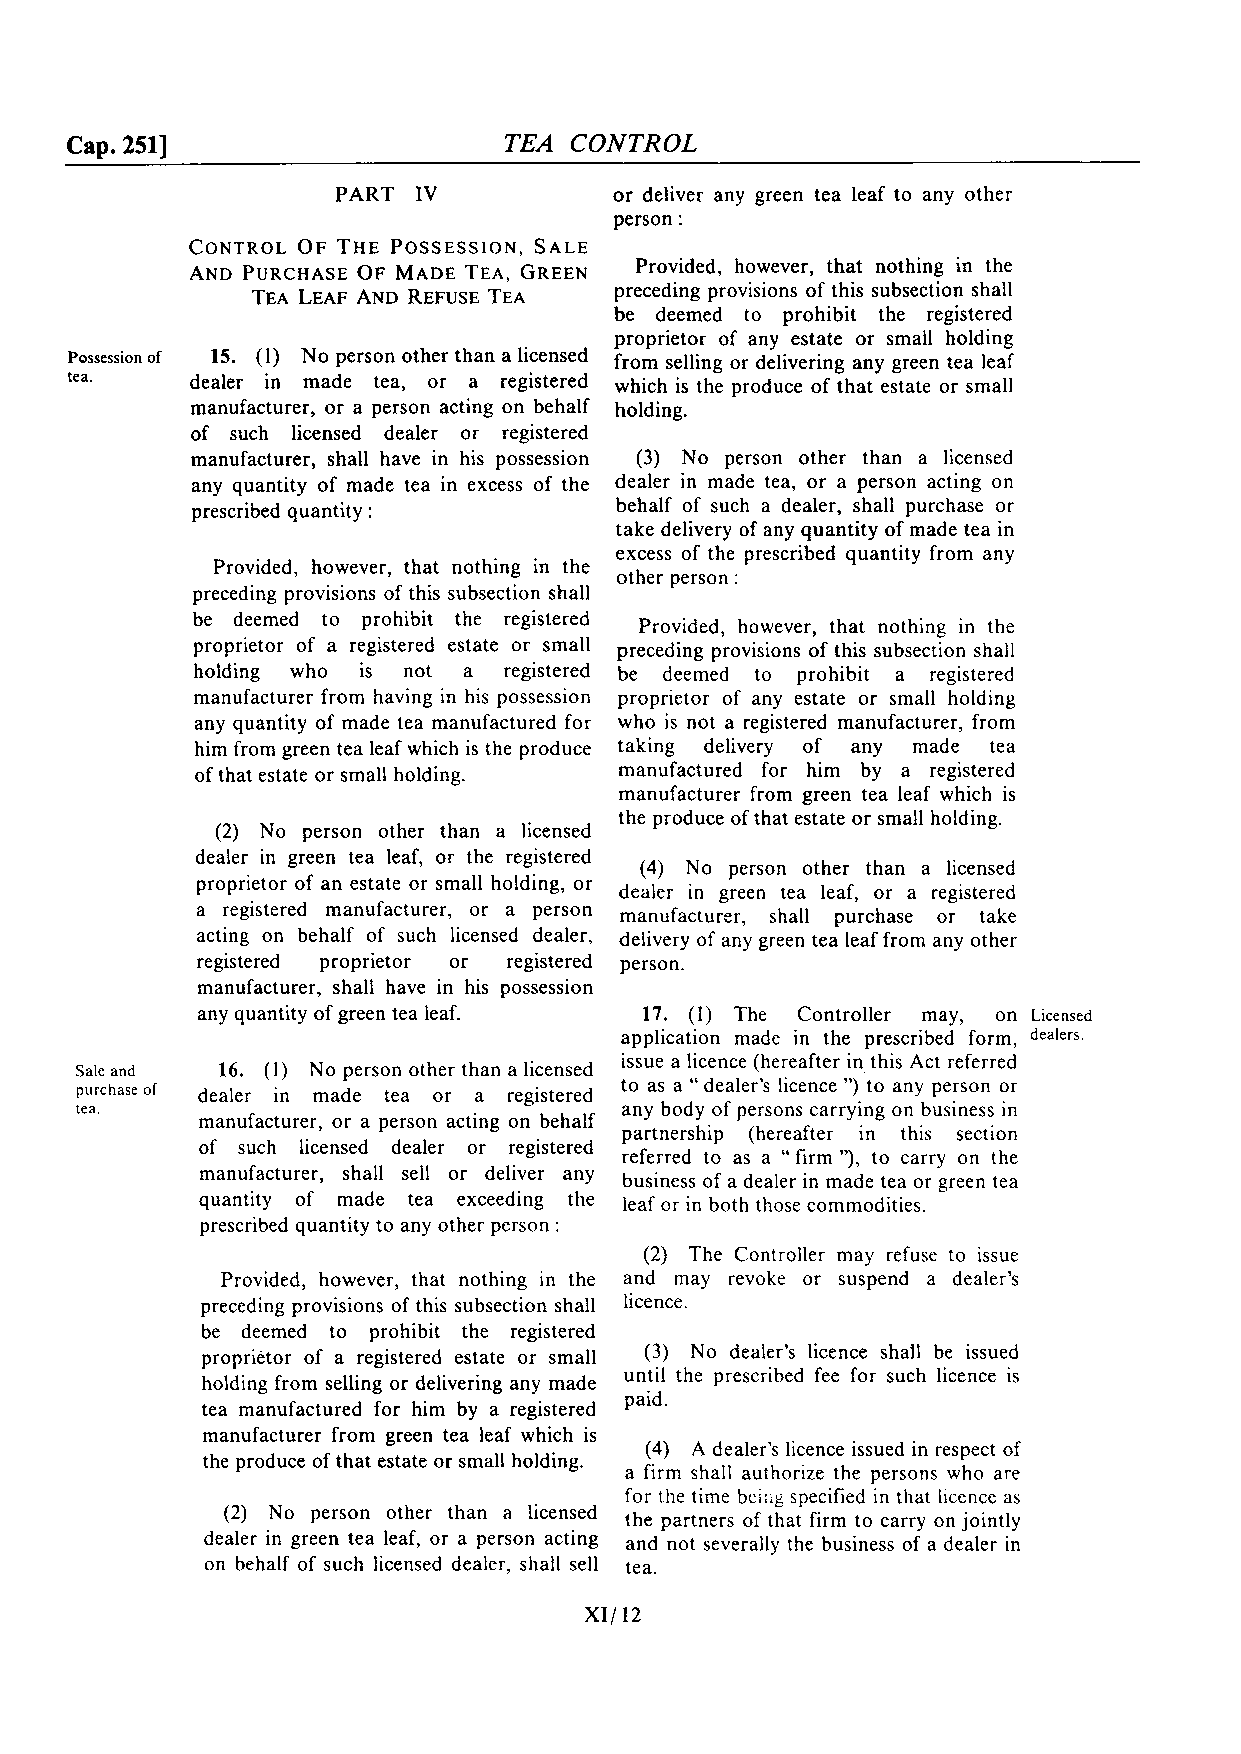
Cap. 2511                    TEA  CONTROL
 PART  IV           or deliver any green tea leaf to any other
 person :
 Provided, however, that nothing in the
 preceding provisions of this subsection shall
 be deemed to prohibit the registered
 proprietor of any estate or small holding
 Possession of 15. (1) No person other than a licensed from selling or delivering any green tea leaf
 tea.     dealer in made tea, or a registered
 which is the produce of that estate or small
 manufacturer, or a person acting on behalf holding.
 of such licensed dealer or registered
 manufacturer, shall have in his possession (3) No person other than a licensed
 any quantity of made tea in excess of the dealer in made tea, or a person acting on
 prescribed quantity :       behalf of such a dealer, shall purchase or
 take delivery of any quantity of made tea in
 excess of the prescribed quantity from any
 Provided, however, that nothing in the
 other person :
 preceding provisions of this subsection shall
 be deemed to prohibit the registered
 Provided, however, that nothing in the
 proprietor of a registered estate or small preceding provisions of this subsection shall
 holding who is not a registered be deemed to prohibit a registered
 manufacturer from having in his possession proprietor of any estate or small holding
 any quantity of made tea manufactured for who is not a registered manufacturer, from
 him from green tea leaf which is the produce taking delivery of any made tea
 of that estate or small holding. manufactured for him by a registered
 manufacturer from green tea leaf which is
 the produce of that estate or small holding.
 (2) No person other than a licensed
 dealer in green tea leaf, or the registered
 (4) No person other than a licensed
 proprietor of an estate or small holding, or
 dealer in green tea leaf, or a registered
 a registered manufacturer, or a person
 manufacturer, shall purchase or take
 acting on behalf of such licensed dealer, delivery of any green tea leaf from any other
 registered proprietor or registered person.
 manufacturer, shall have in his possession
 any quantity of green tea leaf. 17. (1) The Controller may, on Licensed
 application made in the prescribed form, dealers.
 issue a licence (hereafter in, this Act referred
 Sale and 16. (1) No person other than a licensed
 to as a dealer's licence ") to any person or
 purchaseof dealer in made tea or a registered "
 tea.                                any body of persons carrying on business in
 manufacturer, or a person acting on behalf
 partnership (hereafter in this section
 of such licensed dealer or registered
 referred to as a "firm "), to carry on the
 manufacturer, shall sell or deliver any
 business of a dealer in made tea or green tea
 quantity of made tea exceeding the leaf or in both those commodities.
 prescribed quantity to any other person :
 (2) The Controller may refuse to issue
 Provided, however, that nothing in the and may revoke or suspend a dealer's
 preceding provisions of this subsection shall licence.
 be deemed to prohibit the registered
 proprietor of a registered estate or small (3) No dealer's licence shall be issued
 until the prescribed fee for such licence is
 holding from selling or delivering any made
 paid.
 tea manufactured for him by a registered
 manufacturer from green tea leaf which is
 (4) A dealer's licence issued in respect of
 the produce of that estate or small holding.
 a firm shall authorize the persons who are
 for the time beir'g specified in that licence as
 (2) No person other than a licensed
 the partners of that firm to carry on jointly
 dealer in green tea leaf, or a person acting and not severally the business of a dealer in
 on behalf of such licensed dealer, shall sell tea.